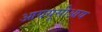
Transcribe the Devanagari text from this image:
आययूसीआय